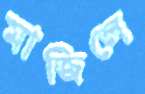
মাজিলে